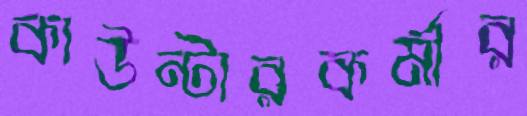
কাউন্টারকর্মীর